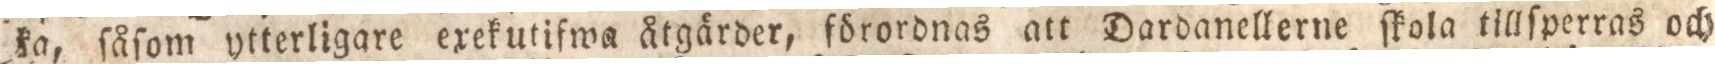
ka, ſåſom ytterligare exekutifwa åtgärder, förordnas att Dardanellerne ſkola tillſperras och